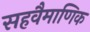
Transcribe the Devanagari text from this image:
सहवैमाणिक